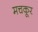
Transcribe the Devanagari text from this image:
मचकूर